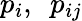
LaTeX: p_{i},\ \ p_{ij}